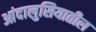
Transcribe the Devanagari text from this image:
आंदालुसियातील